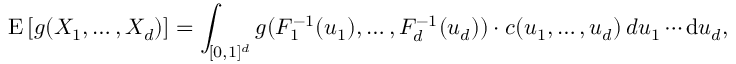
\operatorname { E } \left[ g ( X _ { 1 } , \dots , X _ { d } ) \right] = \int _ { [ 0 , 1 ] ^ { d } } g ( F _ { 1 } ^ { - 1 } ( u _ { 1 } ) , \dots , F _ { d } ^ { - 1 } ( u _ { d } ) ) \cdot c ( u _ { 1 } , \dots , u _ { d } ) \, d u _ { 1 } \cdots \mathrm { d } u _ { d } ,